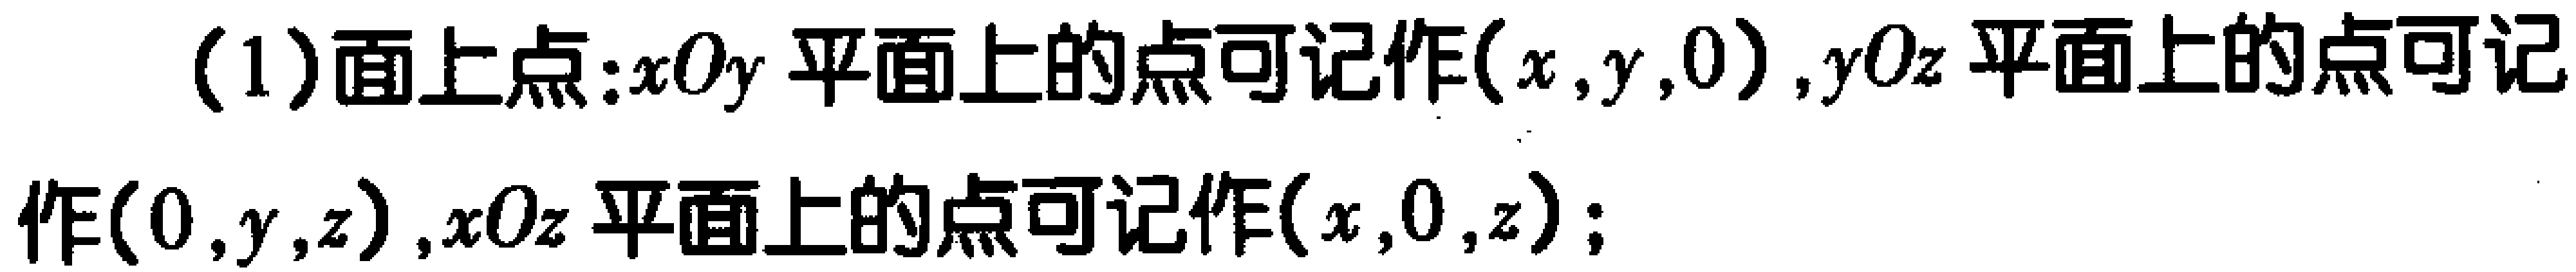
(1)面上点：$xOy$平面上的点可记作$(x,y,0)$，$yOz$平面上的点可记作$(0,y,z)$，$xOz$平面上的点可记作$(x,0,z)$；